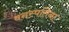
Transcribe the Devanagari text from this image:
वनस्पतिना